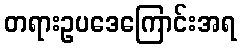
တရားဥပဒေကြောင်းအရ